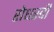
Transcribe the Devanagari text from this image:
रोधस्वी